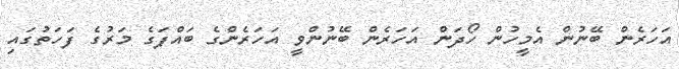
އަހަރެން ބޭނުން އެމީހުން ހޯދަން އަހަރެން ބޭނުންވީ އަހަރެންގެ ބައްޕަގެ މަރުގެ ފަހަތުގައި